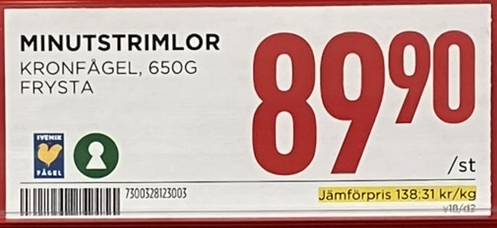
Vara: Minutstrimlor
Genomsnittspris: 138.31 per kg